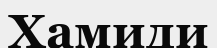
Хамиди